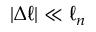
| \Delta \ell | \ll \ell _ { n }